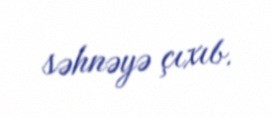
səhnəyə çıxıb.